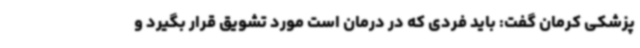
پزشکی کرمان گفت: باید فردی که در درمان است مورد تشویق قرار بگیرد و